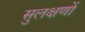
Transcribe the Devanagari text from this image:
सुलक्षणों